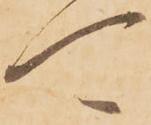
可